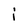
Character: i